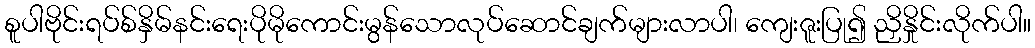
စူပါဗိုင်းရပ်စ်နှိမ်နင်းရေးပိုမိုကောင်းမွန်သောလုပ်ဆောင်ချက်များလာပါ၊ ကျေးဇူးပြု၍ ညှိနှိုင်းလိုက်ပါ။